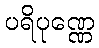
ပရိပုဏ္ဏေ